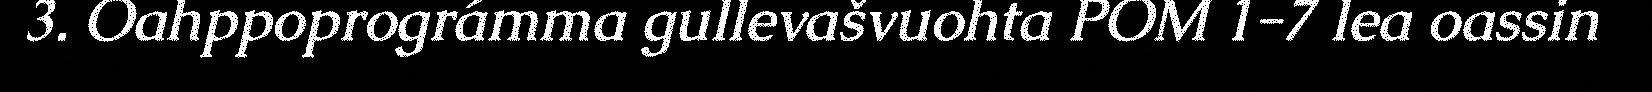
3. Oahppoprográmma gullevašvuohta POM 1-7 lea oassin